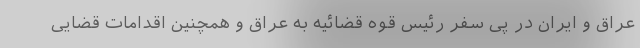
عراق و ایران در پی سفر رئیس قوه قضائیه به عراق و همچنین اقدامات قضایی